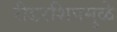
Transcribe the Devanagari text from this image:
रीडरशिपमुळे